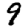
Digit: 9